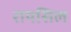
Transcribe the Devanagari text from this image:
रायसिल